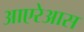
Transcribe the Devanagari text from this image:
आएरेआस